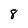
Character: 8